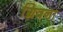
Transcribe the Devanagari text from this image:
ग्रिवना